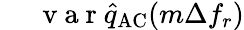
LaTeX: \begin{array}{rl}{~}&{{}\mathrm{~v~a~r~}\hat{q}_{\mathrm{AC}}(m\Delta f_{r})}\end{array}